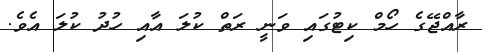
ރާއްޖޭގެ ހޯމް ކިޓުގައި ވަނީ ރަތް ކުލަ އާއި ހުދު ކުލަ އެވެ.